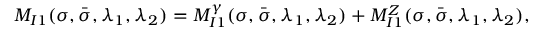
M _ { I 1 } ( \sigma , \bar { \sigma } , \lambda _ { 1 } , \lambda _ { 2 } ) = M _ { I 1 } ^ { \gamma } ( \sigma , \bar { \sigma } , \lambda _ { 1 } , \lambda _ { 2 } ) + M _ { I 1 } ^ { Z } ( \sigma , \bar { \sigma } , \lambda _ { 1 } , \lambda _ { 2 } ) ,